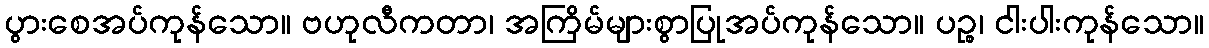
ပွားစေအပ်ကုန်သော။ ဗဟုလီကတာ၊ အကြိမ်များစွာပြုအပ်ကုန်သော။ ပဉ္စ၊ ငါးပါးကုန်သော။